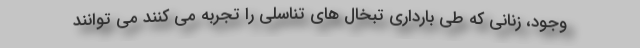
وجود، زنانی که طی بارداری تبخال های تناسلی را تجربه می کنند می توانند